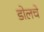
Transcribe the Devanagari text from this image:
डोलचे